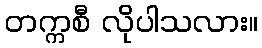
တက္ကစီ လိုပါသလား။